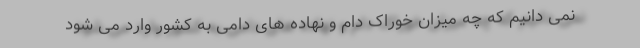
نمی دانیم که چه میزان خوراک دام و نهاده های دامی به کشور وارد می شود